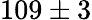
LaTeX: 109\pm 3